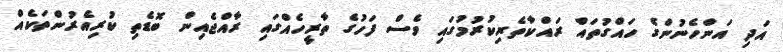
އަދި އަންހެނުންގެ ހައްގުތައް ރައްކާތެރިކުރުމުގައި ވެސް ފަހުގެ ތާރީހެއްގައި ރާއްޖެއިން ބޮޑެތި ކުރިއެރުންތަކެއް